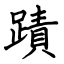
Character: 蹟